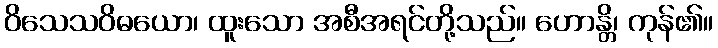
ဝိသေသဝိဓယော၊ ထူးသော အစီအရင်တို့သည်။ ဟောန္တိ၊ ကုန်၏။